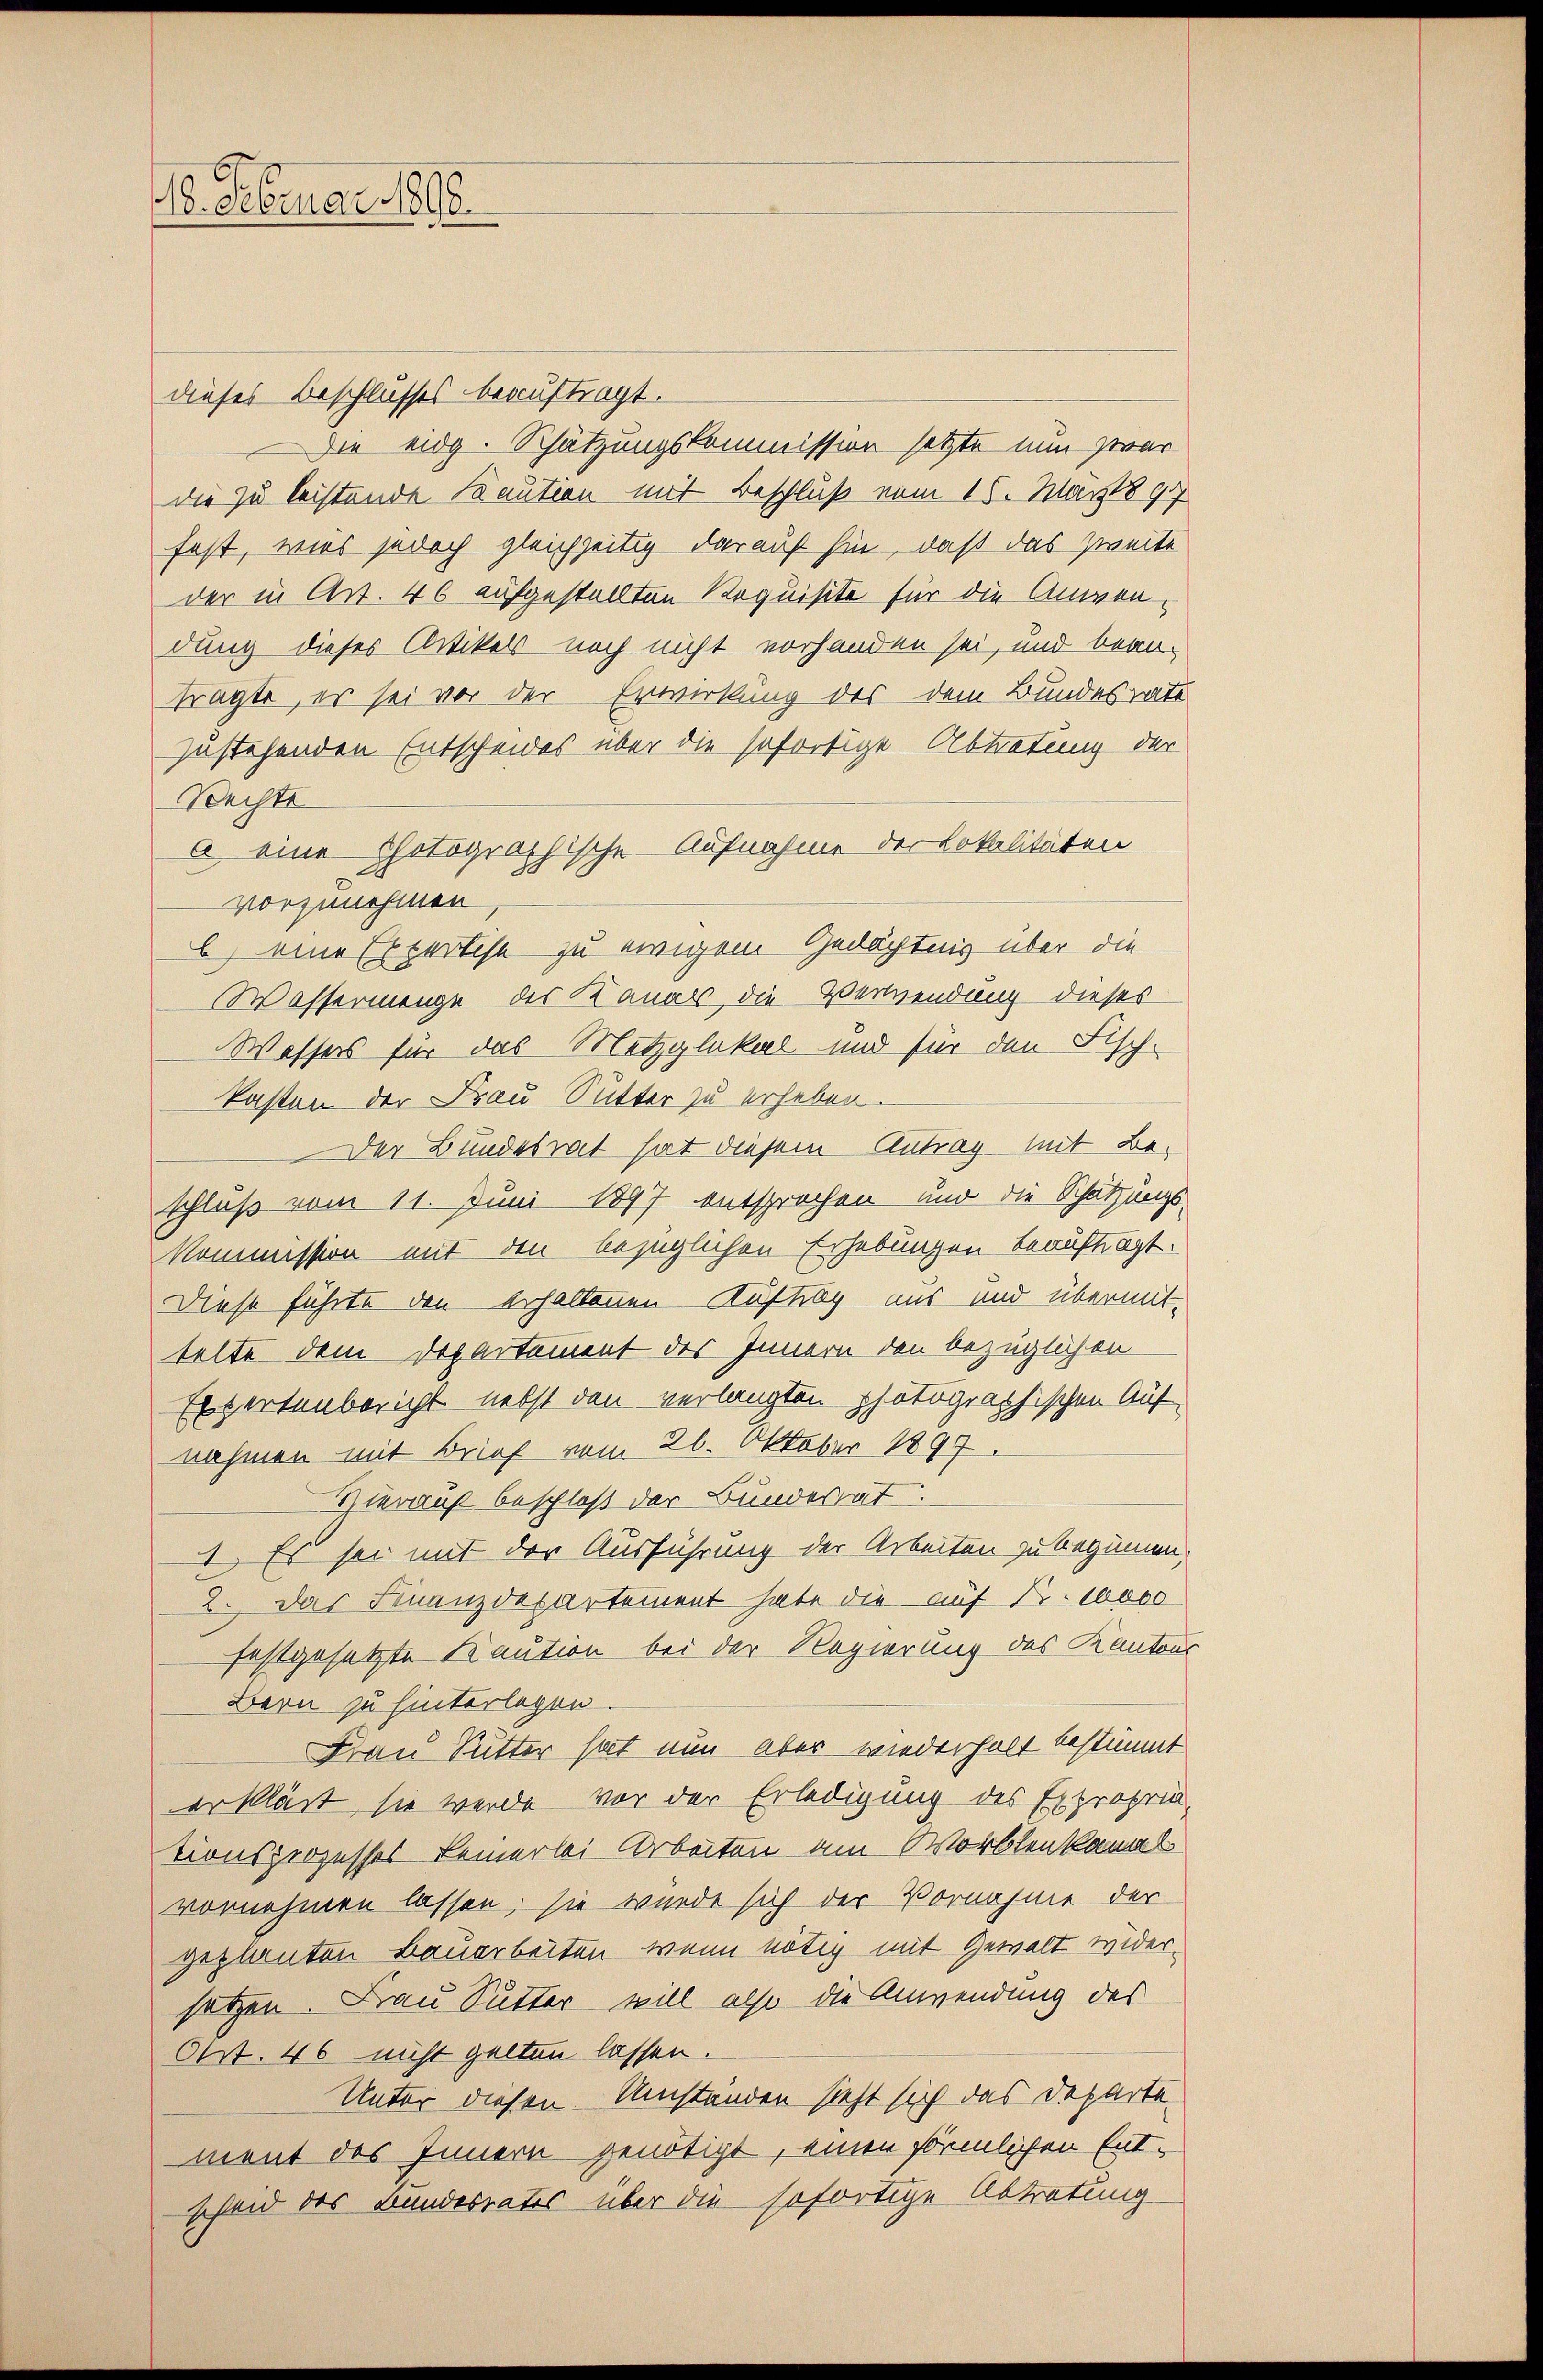
18. Februar 1898.

dieses Beschlusses beauftragt.
Die eidg. Schätzungskommission setzte nun zwar
die zu leistende Kaution mit Beschluß vom 16. März 1897
fest, wies jedoch gleichzeitig darauf hin, daß das zweite
der in Art. 46 aufgestellten Requisite für die Anwendung dieses Artikels noch nicht vorhanden sei, und beanfragte, er sei vor der Erwirkung des dem Bundesrate
zustehenden Entscheides über die sofortige Abtretung der
Bechte
a eine Photographische Aufnahme der Lokalitäten
vorzunehmen
b) eine Expertise zu ewigem Gedächtnis über die
Wassermenge des Kanals, die Verwendung dieses
Wassers für das Metzglakal und für den Fisch-
kasten der Frau Sutter zu erheben.
Der Bundesrat hat diesem Antrag mit Be-
schluß vom 11. Juni 1897 entsprochen und die Schätzungs-
Kommission mit den bezüglichen Erhebungen beauftragt.
Diese führte den erhaltennen Auftrag uns und übermittelte dem Departement des Innern den bezüglichen
Expertenbericht nebst den verlangten photographischen Auf-
nahmen mit Brief vom 26. Oktober 1897.
Hierauf beschloß der Bundesrat
4 Es sei mit der Ausführung der Arbeiten zu beginnen.
2. Das Finanzdepartement habe die auf Nr. 10000
festgesetzte Kaution bei der Regierung des Kantons
Bern zu hinterlegen.
Frau Sutter hat nun aber wiederholt bestimmt
erklärt, sie werde vor der Erledigung des Expropria
tionsprozesses keinerlei Arbeiten am Worblenkanal
vornehmen lassen, sie wurde sich der Vornahme der
geplanten Bauarbeiten, wenn nötig mit Gewalt widersetzen. Frau Sutter will also die Anwendung des
Ort. 46 nicht gelten lassen.
Unter diesen Umständen sieht sich das Departement des Innern genötigt, einen förmlichen Entscheid des Bundesrates über die sofortige Abtretung